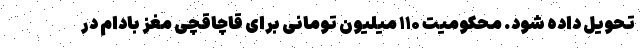
تحویل داده شود. محکومیت ۱۱۰ میلیون تومانی برای قاچاقچی مغز بادام در